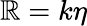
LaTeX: \mathbb{R}=k\eta